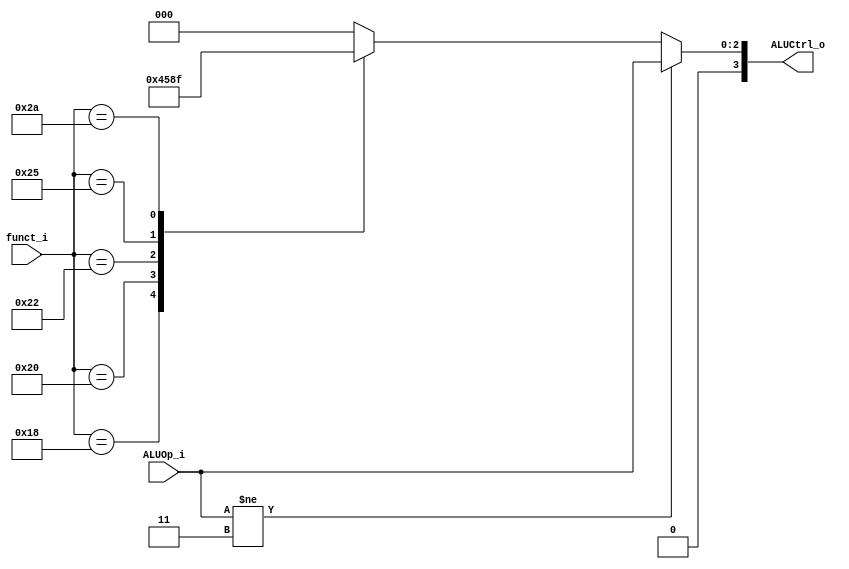
//0610780

//Subject:     CO project 2 - ALU Controller
//--------------------------------------------------------------------------------
//Version:     1
//--------------------------------------------------------------------------------
//Writer:
//----------------------------------------------
//Date:
//----------------------------------------------
//Description:
//--------------------------------------------------------------------------------

module ALU_Ctrl(
          funct_i,
          ALUOp_i,
          ALUCtrl_o
          );

//I/O ports
input      [6-1:0] funct_i;
input      [3-1:0] ALUOp_i;

output     [4-1:0] ALUCtrl_o;

//Internal Signals
reg        [4-1:0] ALUCtrl_o;

//Parameter


//Select exact operation
always @( * ) begin
    if (ALUOp_i != 3'b011)
        ALUCtrl_o <= ALUOp_i;
    else begin
        case (funct_i)
            // MULT
            24: ALUCtrl_o <= 4;
            // ADD
            32: ALUCtrl_o <= 2;
            // SUB
            34: ALUCtrl_o <= 6;
            // AND
            36: ALUCtrl_o <= 0;
            // OR
            37: ALUCtrl_o <= 1;
            // SLT
            42: ALUCtrl_o <= 7;
            default: ALUCtrl_o <= 0;
        endcase
    end
end

endmodule